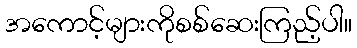
အကောင့်များကိုစစ်ဆေးကြည့်ပါ။